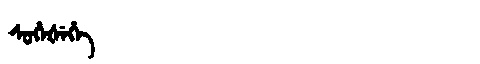
Manchu: ᠰᡠᡥᡝᡧᡝᡥᡝ
Romanization: SUHEŠEHE